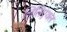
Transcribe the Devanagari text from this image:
लिलिएंथल